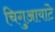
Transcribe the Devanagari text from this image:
चिगुआयांटे